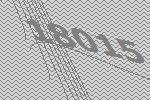
18015